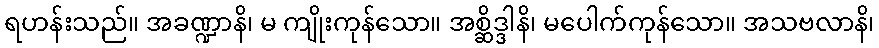
ရဟန်းသည်။ အခဏ္ဍာနိ၊ မ ကျိုးကုန်သော။ အစ္ဆိဒ္ဒါနိ၊ မပေါက်ကုန်သော။ အသဗလာနိ၊